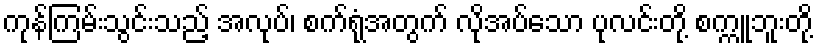
ကုန်ကြမ်းသွင်းသည့် အလုပ်၊ စက်ရုံအတွက် လိုအပ်သော ပုလင်းတို့ စက္ကူဘူးတို့